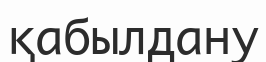
қабылдану